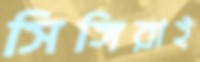
সিঙ্গিরাই